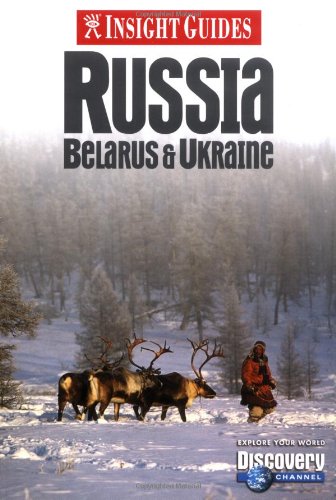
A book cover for Russia, Belarus & Ukraine (Insight Guides); Insight Guides; Travel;